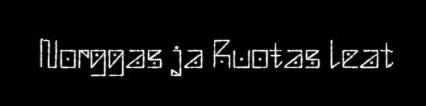
Norggas ja Ruoŧas leat